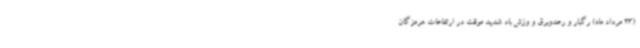
(23 مرداد ماه) رگبار و رعدوبرق و وزش باد شدید موقت در ارتفاعات هرمزگان